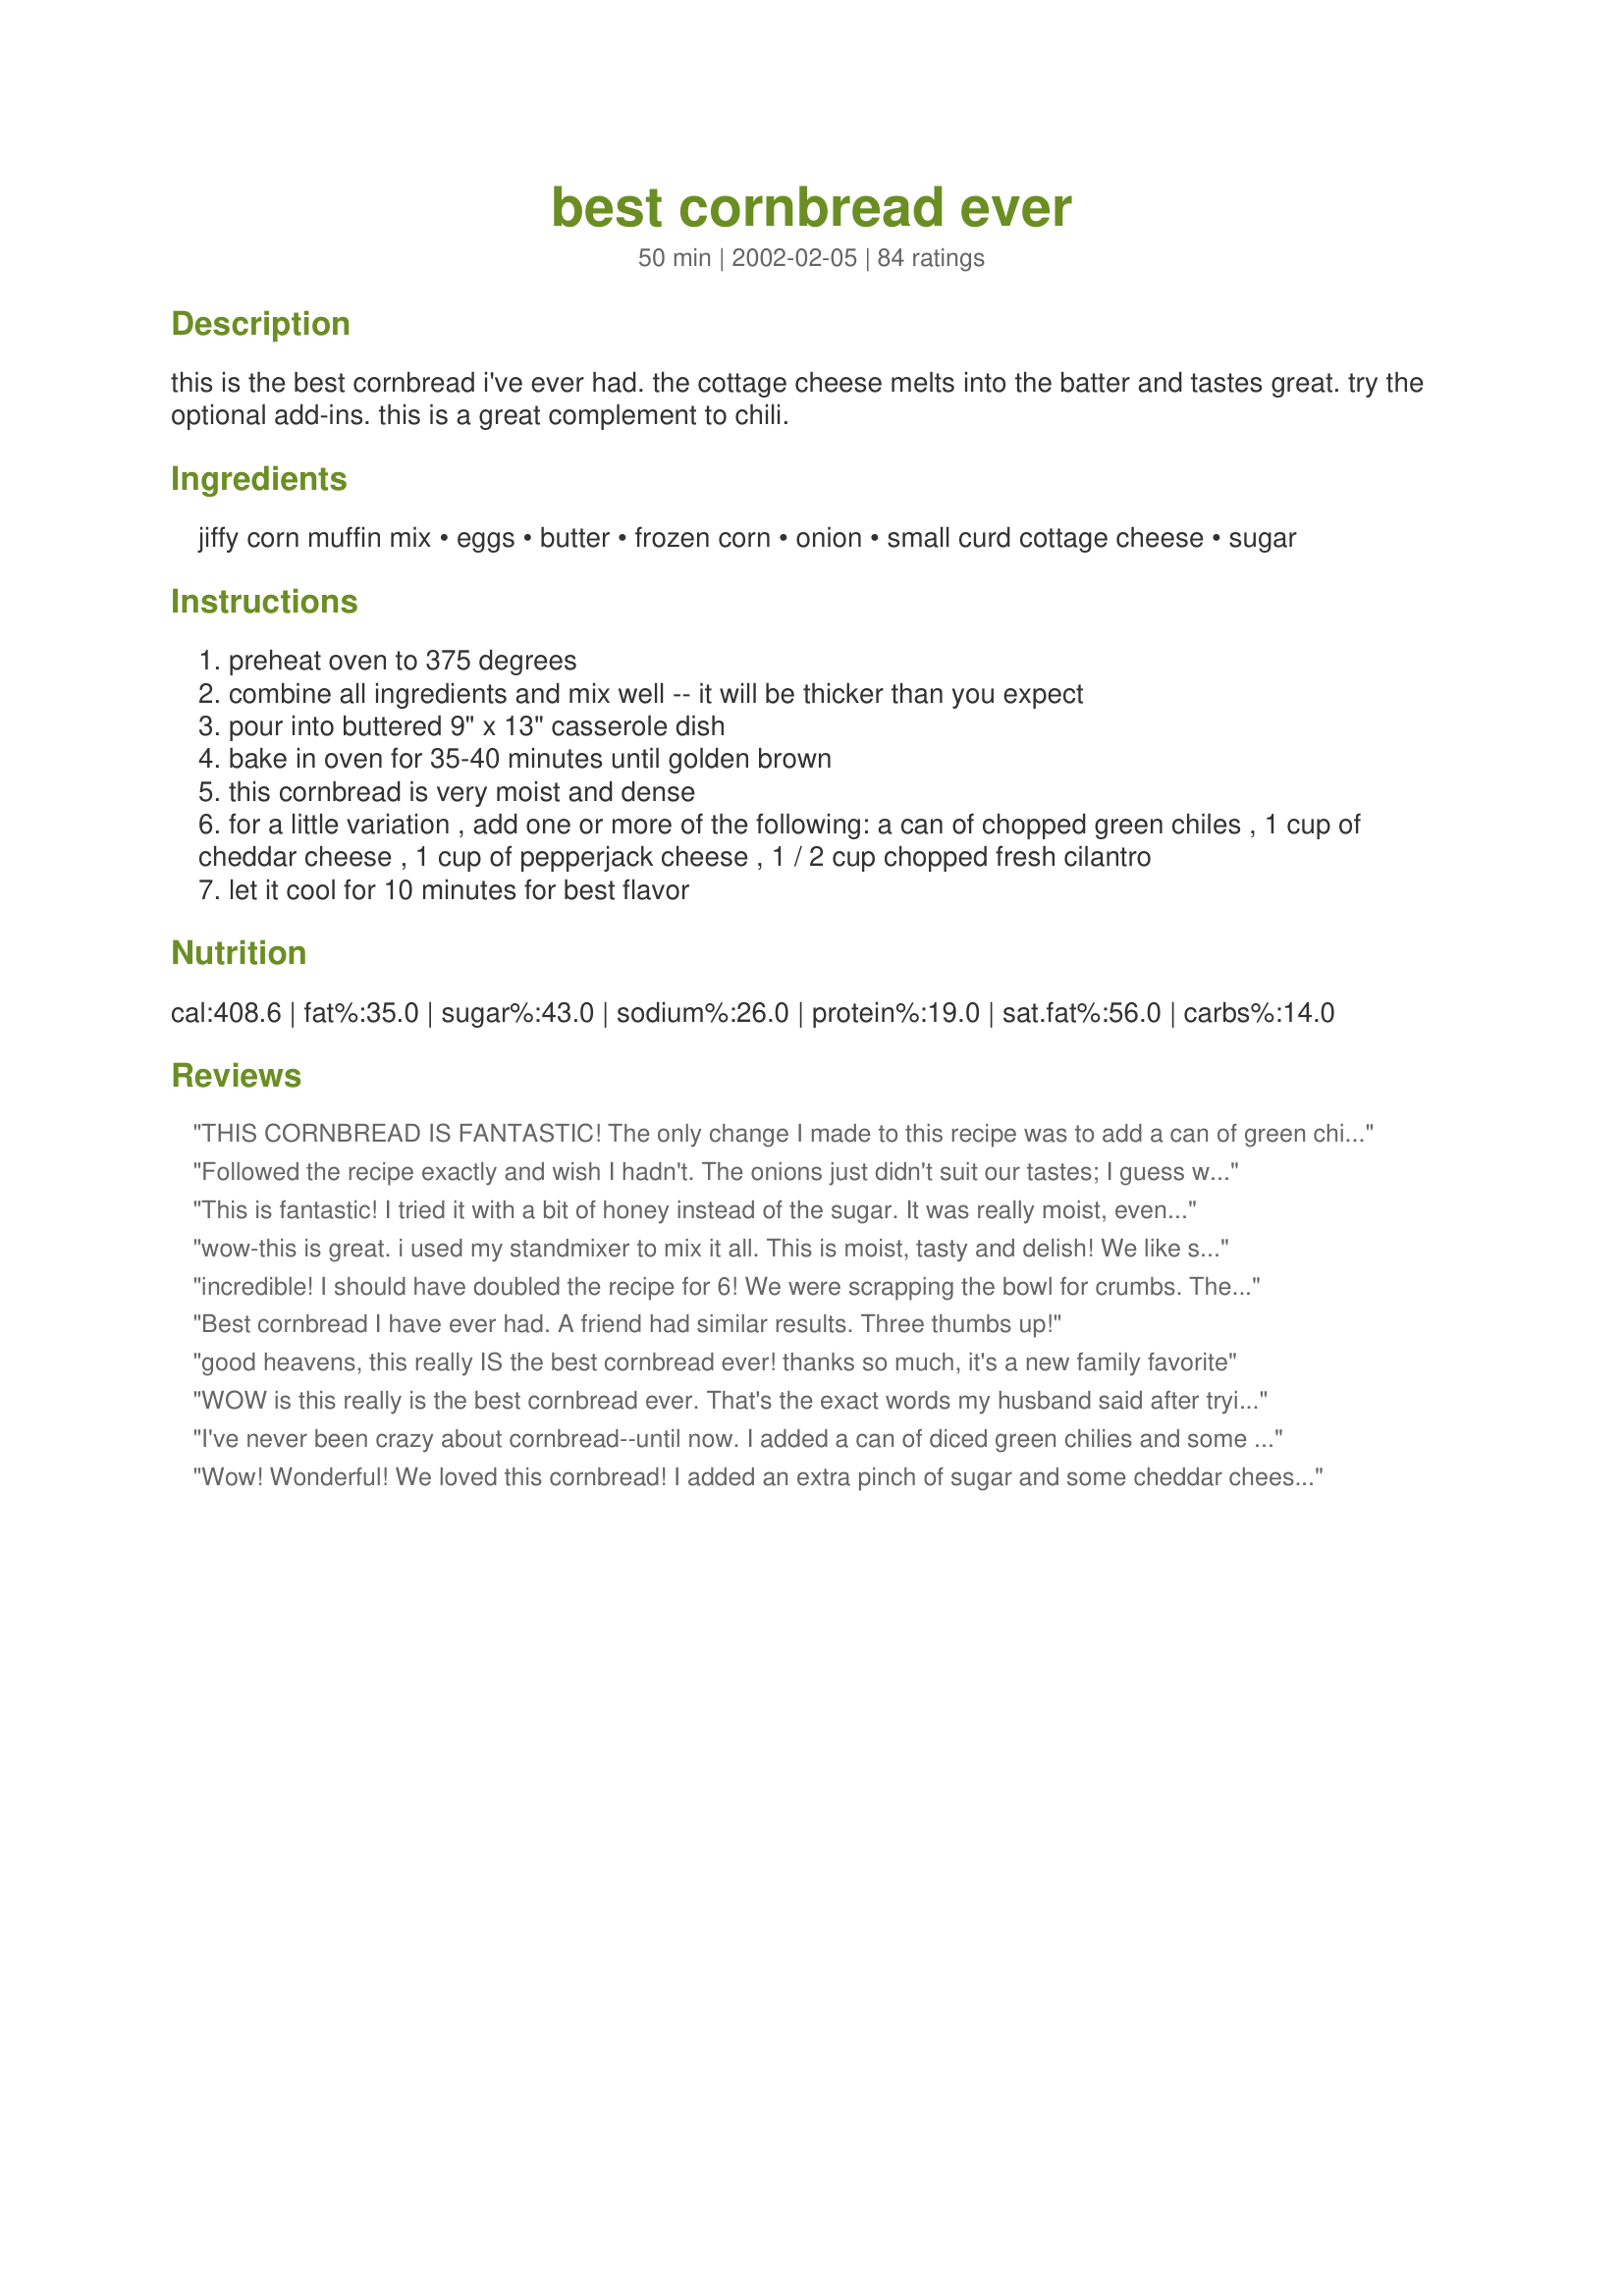
best cornbread ever
Preparation time: 50 minutes

this is the best cornbread i've ever had. the cottage cheese melts into the batter and tastes great. try the optional add-ins. this is a great complement to chili.

Ingredients:
jiffy corn muffin mix, eggs, butter, frozen corn, onion, small curd cottage cheese, sugar

Steps:
preheat oven to 375 degrees
combine all ingredients and mix well -- it will be thicker than you expect
pour into buttered 9" x 13" casserole dish
bake in oven for 35-40 minutes until golden brown
this cornbread is very moist and dense
for a little variation , add one or more of the following: a can of chopped green chiles , 1 cup of cheddar cheese , 1 cup of pepperjack cheese , 1 / 2 cup chopped fresh cilantro
let it cool for 10 minutes for best flavor

Reviews:
THIS CORNBREAD IS FANTASTIC! The only change I made to this recipe was to add a can of green chilies. Thank you for sharing this great recipe with us Zookeenee. This will be the only cornbread I will be making in the future.
Followed the recipe exactly and wish I hadn't. The onions just didn't suit our tastes; I guess we prefer more traditional cornbread.
This is fantastic! I tried it with a bit of honey instead of the sugar. It was really moist, even the next day.
wow-this is great. i used my standmixer to mix it all. This is moist, tasty and delish! We like sweet cornbread so I added 2 tsp of sugar to the recipe. thank you.
I made this again and did 1/2 the recipe but put in the whole amount of cottage cheese and the whole amount of corn ( oops) and the cornbread still came out awesome anyway-moist and tasty-the family loves it. thanks again-this is our new cornbread recipe
incredible! I should have doubled the recipe for 6! We were scrapping the bowl for crumbs. The best ever!
Best cornbread I have ever had. A friend had similar results. Three thumbs up!

good heavens, this really IS the best cornbread ever! thanks so much, it's a new family favorite

WOW is this really is the best cornbread ever. That's the exact words my husband said after trying the bread. He asked what this recipe was called. We both laughed when I told him the name. It's like an explosion of flavor in your mouth. Thanks for sharing such a GREAT recipe. I served this with Mexican Red Beans (100566). Great combination.
I've never been crazy about cornbread--until now. I added a can of diced green chilies and some pepperjack cheese. It was love at first bite!
Wow! Wonderful! We loved this cornbread! I added an extra pinch of sugar and some cheddar cheese. Even my 8 year old son loved it! This goes into the Favorites folder!!!
NEW TWIST!
I forgot the butter! This came out excellent without it - so now you can make it and cut the FAT almost to zero. I did use a small onion instead - otherwise, it was as described and it raised about 1.5 inches and was moist and GONE - we had two recipes that night, so others liked this one best too. Asked me for the recipe - ha, the low fat or the regular? Your call -either way it rocks.
LOVED IT! I omitted the onion and used sour cream instead of cottage cheese. I also used frozen petite corn. Maybe next time I'll try it with the green chilies and/or cheddar cheese...or maybe I won't ('cause it was just so darn good as is). I also like that I don't have to worry about over-mixing. Thanks Zookeenee!
Excellent cornbread! It came out very moist, and the cottage cheese is an interesting addition to the flavor. I also included some shredded cheddar cheese and some fresh snipped chives. Definately a keeper.
I really like cornbread but I find a lot of cornbread turns out dry and crumbly. This sure did not. It was moist and good. I also added some chili and parmesan cheese. This will be made again. Thanks Zookeenee
Excellent cornbread. It was very moist, and not dry and crumbly like plain Jiffy Mix cornbread. I was very pleased with the taste. I did add some chopped green chiles to give it a kick. The bread was delicious, and I will use this recipe again. Thanks for sharing.
This really is the BEST cornbread ever. I made two batches. One for home with just frozen corn and cheddar cheese added to the mix because my family wanted it with honey. The second batch for my employee Christmas party/Chili cook-off today. This included the onions, pepperjack cheese, green chilis and frozen corn in the mix. I'm NOT a fan of corn bread but this was delicious and both ways were SPECTACULAR!!!! My family insists this be added to our Christmas dinner this year as well. :) A on this FABULOUS recipe!!!
This really was the Best cornbread ever. DELICIOUS!!My 3 year old actually asked for seconds. I made it exactly like the recipe. Thank you, it's a keeper!
Yes... THE BEST corn bread ever! I added some crushed red pepper for a little kick. They turned out beautifully... crispy on the outside, moist and flavorful all around. Perfect!
I am suspicious when recipes say "the best _____ ever!" but this one I think is right. I left out the onion (personal preference) but did the rest as written. Great cornbread...better than any restaurant that I can think of. Plus, it was super easy. Moist, flavorful, a hint of sweetness. Perfect in my book. Thanks for this one!
We all loved this cornbread. I cut the butter back to 1/2 cup, used egg beaters and increased the sugar slightly. It turned out moist and delicious!
Excellent! Everyone at our football party raved - great complement to chili. Made it minus the onions and plus 3/4 cup cheese. Thanks so much!!!
It was very good- and the recipe was just what I needed. I didn't have whole kernel corn, so used a can of creamed corn. I didn't use the pinch sugar, and will next time. I made muffins and some of the kids starting eating them, thinking they were cupcakes. Even when they realized the error, they kept on eating!
This is the best cornbread ever! I have made it for dinner parties and potlucks and even as a gift. Everyone loves it! Thank you for posting this one.
Great recipe. I've only tried once so far and didn't go with any of the suggested variations. It was great as is. This is definitely a keeper.
WOW! I have made this twice now & both times it was excellent. I use Trader Joe's cornbread mix, leave out the sugar, as it is already sweet, cut the butter way down, use only two large eggs and canned Green Giant nibblets, with the juice. And I used two shallots finely chopped instead of the onion. This last time I added about 1/4 c of cooked bacon bits and it was incredible. Thank you so much for sharing this excellent recipe!!
This was fantastic! We prefer savory cornbread to sweet, so left out the sugar and it was fine. So easy too! Only made a 1/2 recipe (only myself and DH to eat it!), but next time I will make a full recipe - just too good not to! Stayed nice and moist, not dried out and crumbly like some cornbread recipes I've tried. Served it w/ Best White Chicken Chili (#110505) - made for a great meal!
the title doesn't lie - definitely the best cornbread ever! i caramelized the onions first, which gave it a great sweet flavor. moist and delicious!
I used sour cream instead of the cottage cheese, added 1 cup of sharp grated cheddar cheese and omitted the pinch of suger. It was very moist and went well with the chile. Thanks for posting!
I'm not a huge fan of corn bread but this recipe turned out wonderfully!

I omitted the sugar as Jiffy mix is fairly sweet already. I also used low-fat sharp cheddar cheese, Smart Balance 50/50 butter, and low-fat cottage cheese with no ill effect. 

The finished product was dense, moist, and flavorful. The onions and corn kernels add a nice mild sweetness; next time, I'll add some roasted jalapenos for a subtle spicy kick!
Everyone loved this at my soup lunch. It is too good!
I used this recipe as a regular cornbread (omitting the corn- I love it that way, but didn't have any on hand). It was by far the best cornbread I've made. And so easy! I used sour cream instead of cottage cheese (it's what I had). I backed it in my oval stone dish for 35 minutes and it came out perfect. A nice golden crust on the outside & soft inside. My sons & nephew claimed it the best cornbread they ever ate & to only make it this way from now on.

I might add a bit more sugar next time just because I like things sweet, but it tasted awesome the way it was too.
This cornbread is fantastic! I omit the onion and always add a 4 oz. can of diced jalapenos and a cup of shredded cheddar cheese. Excellent with chili!
This was phenominal! I made them into 24 muffins and followed the baking instructions on the back of the Jiffy box. I was skeptical about putting cottage cheese in but the cheese made the muffins moist. I also added the chile's and 1 cup cheddar cheese. I grated the cheddar cheese fine. Next time I will leave it in big chunks. I put the corn into a food processor to grind it fine because I didn't want huge chunks of corn in the muffins. I didn't add the onions. My family loved this and my son who won't eat plain Jiffy muffins ate these and loved them. Thanks for sharing!
This was really really tasty cornbread. It was so moist it just melted in our mouth. We loved the onion flavor. I also put some cheese in mine. The family just raved about it. Thanks for posting this wonderful recipe.
I was looking for something different and outragesly good, and this recipe caught my eye. I made it and EVERYONE loved it. It is the best I have ever had. Thank you.
Made this exactly as written and it's TO DIE FOR! Thanks for the awesome recipe!
I love this cornbread...even my husband does...I use canned corn and add cheese and diced jalapenos....yummmm!!!!!!!!
This was awesome! The cottage cheese makes it extra tender and provides a nice "tangy" flavor. I added the canned green chili's and the shredded cheddar cheese....I figured "it's 'Zaar day, what the heck!" Two of my dinner guests asked for the recipe!
Fantastic! I enjoyed it more the next day. I put in a large can of crushed jalepenos...soooooo good!
I tried this recipe for Thanksgiving and my family LOVED it! Since I have a picky crew, I did not use the cottage cheese, onions or corn. Instead, I kept the other ingredients and added some sour cream. I have already received requests from my guests for this recipe.
It is truly the best cornbread ever. Everyone in my family loves it. I just wish it had less calories but I do not dare to change the recipe.
Name says it all.....BEST EVER!
That was the best darn cornbread I have ever had in my whole life (and we used to have it a lot when I was a kid). I highly recommend this recipe to anyone!!! Mmm Mmm Good.
I entered a cornbread baking contest at my church and won first prize with this recipe. There were about 25 entries. Thanks Zookeenee!
I made it with the cup of Cheddar.
Ok, this is my second review of this cornbread. I just HAD to make it again. But is was last minute and I did not have cottage cheese, I used sour cream instead and boy is this good!
Zookeenee is not exaggerating. This is the best corn bread ever. I cut the recipe in half and used a 8X8 pan. I added a cup of cheddar and would love to try the chilies but then no one else in my family would have even tried it. I will take this to our next church potluck!!!
This cornbread was the hit of our holiday party! Everyone, young and old, raved about it. I followed the recipe except for omitting the onions and using 2 t. sugar. This truly is the best cornbread ever.
This bread was moist, but did lack in flavor. I will use sour cream instead of cottage cheese next time and green onions instead of white. I'll also add green chilies or cheddar cheese for more flavor. A good 'starting point' recipe but definitely needs some add-ins.
The title says it all! This recipe has beat all others in our book.
Great cornbread! I didn't have cottage cheese, so I subbed milk just for some moisture. Even though I overcooked it, it came out awesome. This will be a regular with chili from now on!
This was pretty dang good. I made this along with some good ole bbq spare ribs. I think I under cooked mine because the center piece was mushy. Thanks again.
My mommy made this last night, and we thought it was awesome. My dad didn't care for the corn in it, but he's a really picky eater, so it doesn't matter...haha. My mommy added a little bit of cheddar cheese to the batter before putting it into the casserole dish. Great way to dress up an inexpensive cornbread mix! I love this recipe!
Huge hit at my superbowl party. Excellent with chili. Very moist. You can cut it into pretty small pieces without it falling apart.Only suggestion would be to use the smallest kernel corn you can find. Thanx for posting this recipe
Great recipe...I messed up and put 3/4 of a stick of butter instead of 3/4 cup....it still came out great.
This was a excellent cornbread
 very moist. I cooked my in a black skilled. My husband loved it/
Wow! Love this recipe! Left out the onions but otherwise followed the recipe exactly. Delicious!! Served it at Superbowl party to rave reviews. Definitely a keeper. Can't imagine making it the old way ever again!
This is a great recipe. I have made it several times and it turned out just as good without the frozen corn. I'm making it tonight again to serve with enchilada for dinner. Thanks again for sharing this.
Love this cornbread! We make it all the time and have passed on the recipe to lots of friends.
This was only my second try at cornbread, as it had been requested by a coworker, I thought I would give this recipe a try. I made it with "My Favorite Chili" and it was great, so moist and tasty...not your usual dry cornbread. I think next time I would leave out the onions though, as I like my cornbread a little sweeter, and I am looking forward to trying a few of your other suggestions. Thanks for this keeper!
This is the best cornbread ever, no doubt.
The name of this recipe is being modest. I am a corn bread nut and will eat no other!!! Thanks for the great recipe.
We all loved this cornbread! I halved the recipe, and it was plenty for us.It is really, really good.
This was very moist... to moist for my taste. I though it was ok, however, one person at the party that I took this to raved about it and took all the left overs (which there were a lot of, so I am not sure if it was such a big hit).
The ingredients sounded interesting, and the flavor was good, but it didn't hold together. When cut it turned into a bunch of crumbs.
This was very good and we really like the consistancy, I left out the sugar and we didn't miss it at all. This was great with a bowl of chili!
amazing cornbread. This is my standard recipe. Everyone always compliments and says it's the best they have eaten. Cottage cheese leaves it so moist, but doesn't leave a distinguishable flavor.
With a name like this, how do you not try it. It was amazing! I added extra jalapeno's because we like it spicy.
GREAT!! This is really good stuff! I cook the mixture up in a darker casserole dish and just leave it in the oven until the top browns slightly. I don't even have to look at the clock for this one! I don't add the onions or the sugar and it turns out FANTASTIC every time. Highly recommended!!
If you are thinking like what I was and are a little cautious about the cottage cheese...all I can tell you is try it...it is the best cornbread I have ever had very moist my family loved it!!! This is how I am going to make mine from now on.
Ditto.... best ever!! I even forgot to add the melted butter and it was to die for! Not sure how many calories the "forgotten butter" would save, but it's worth a try. This is with out a doubt the best corn bread we've ever tried. Moist, but not too moist, just plain old good corn bread.
it couldnt have tasted any better! i was worried about the cottage cheese and seeing the chunks but they disapear by the time its finished baking! i will make this often!
Very good cornbread. This is the first time I've made cornbread with cottage cheese. I used onion powder instead of the real thing. Thankx for sharing.
This IS the best ever!! Had bean soup last night and it (cornbread) was divine. Almost like a dense cake! A keeper for sure!
Excellent recipe. Followed exactly, except used canned corn (roughly chopped with knife) and as we also like cornbread on a sweet side I added two teaspoons of sugar. Baked in a 9x9 square pan and the left over mixture in mini muffins. YUM. Going forward this will be the only recipe for my family. Superb!!!
This is the worst cornbread I've ever eaten. The cottage cheese did make it moist but the onion was overpowering, I like my cornbread to taste like CORN. If the onion was omitted it would probably be okay. I tried it based on the rave reviews posted and was completely disappointed.
OK - This IS the best cornbread ever! Dense and moist, mmmmm. I substituted sour cream for the cottage cheese and it worked great.
Well...the name says it all...it is The BEST cornbread Ever! I added the cheddar and 1 small can of chopped jalapenos which gave it some nice heat. We LOVED it. Thanks!
Very moist cornbread. I loved the addition of the cottage cheese, it really did help. I only used half the recommended corn as I wasn't sure how my family would react. This was perfect for us. I willuse the recipe again, thank you for sharing with us.
This was incredible cornbread. We served it with Bev's Honey Butter #55572, and enjoyed it thoroughly. The onion and cottage cheese added an amazing touch to this and I wouldn't change a thing, except that next time we may try adding your suggestion of cheddar cheese. Thanks for this wonderful recipe!
Dianne
I made this to go with my best ever easiest Chili (will submit the recipe for the chili) for my card club and they all agreed that this is the best cornbread. I did add the can of chopped green chiles. Way to go Zookeenee!!
My football Sunday crowd raves about this cornbread! I have made it exactly as listed, and I've added green chilies, hot sauce, cheese, and it is always wonderful. Thanks Zookeenee!
Zookeenee, you are right! This is the best cornbread ever!
I don't know whether to rave (because of the deliciousness) or to rant (because this is the kind of food that calls you from the kitchen at 2 am.) but I will add the lucky 13th 'Heck yeah, this is goood". 

Having ADD means you almost read the recipe -- in my case I only had a 9x9 pan, so I just filled that one up and ended up with leftover batter. I couldn't stand reading all those great reviews and having to wait 40 whole minutes to have the darn thing bake. So I took unused mix and melted some butter into a skillet on med/low heat and made the MOST AWESOME cornbread pancakes. They are even better if one rubs some more butter in the pan before flipping them...
I have made this recipes twice and omitted the onion both times..we just prefer cornbread on the sweet side instead of onion flavored. This is a very good recipe 5 stars plus!!!! The first time I made it I followed the recipe exactly except the onions...everybody really enjoyed it.The seconded time I made it I use only one box of cornbread mix and replaced the other box with Jiffy Yellow Cake Mix and omitted the sugar...Oh ya that was just the way we liked it !!!! This is such a good recipe and thanks for sharing it....If you want compliment you need to make this one and serve to your guests.Then just wait for the comments!!!!
